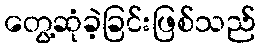
တွေ့ဆုံခဲ့ခြင်းဖြစ်သည်